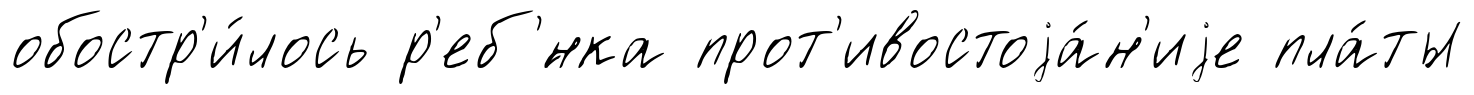
обостр'и́лось р'еб'́нка прот'ивостоjа́н'иjе пла́ты